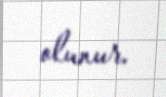
olunur.